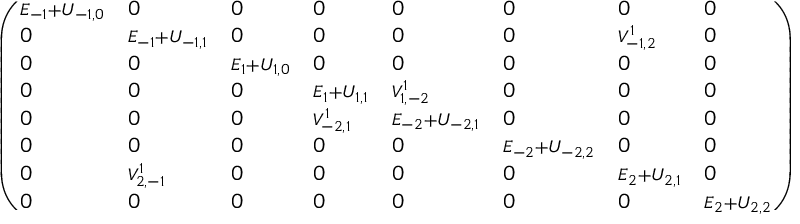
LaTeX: \left( { \begin{array} { l l l l l l l l } { { { \scriptstyle E _ { - 1 } + U _ { - 1 , 0 } } } } & { { 0 } } & { { 0 } } & { { 0 } } & { { 0 } } & { { 0 } } & { { 0 } } & { { 0 } } \\ { { 0 } } & { { { \scriptstyle E _ { - 1 } + U _ { - 1 , 1 } } } } & { { 0 } } & { { 0 } } & { { 0 } } & { { 0 } } & { { { \scriptstyle V _ { - 1 , 2 } ^ { 1 } } } } & { { 0 } } \\ { { 0 } } & { { 0 } } & { { { \scriptstyle E _ { 1 } + U _ { 1 , 0 } } } } & { { 0 } } & { { 0 } } & { { 0 } } & { { 0 } } & { { 0 } } \\ { { 0 } } & { { 0 } } & { { 0 } } & { { { \scriptstyle E _ { 1 } + U _ { 1 , 1 } } } } & { { { \scriptstyle V _ { 1 , - 2 } ^ { 1 } } } } & { { 0 } } & { { 0 } } & { { 0 } } \\ { { 0 } } & { { 0 } } & { { 0 } } & { { { \scriptstyle V _ { - 2 , 1 } ^ { 1 } } } } & { { { \scriptstyle E _ { - 2 } + U _ { - 2 , 1 } } } } & { { 0 } } & { { 0 } } & { { 0 } } \\ { { 0 } } & { { 0 } } & { { 0 } } & { { 0 } } & { { 0 } } & { { { \scriptstyle E _ { - 2 } + U _ { - 2 , 2 } } } } & { { 0 } } & { { 0 } } \\ { { 0 } } & { { { \scriptstyle V _ { 2 , - 1 } ^ { 1 } } } } & { { 0 } } & { { 0 } } & { { 0 } } & { { 0 } } & { { { \scriptstyle E _ { 2 } + U _ { 2 , 1 } } } } & { { 0 } } \\ { { 0 } } & { { 0 } } & { { 0 } } & { { 0 } } & { { 0 } } & { { 0 } } & { { 0 } } & { { { \scriptstyle E _ { 2 } + U _ { 2 , 2 } } } } \end{array} } \right) ,